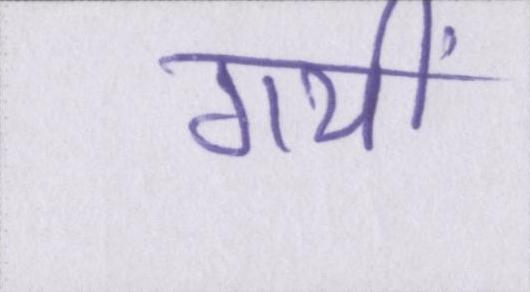
गयीं